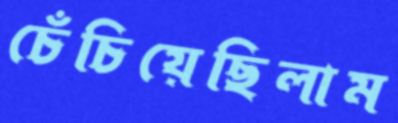
চেঁচিয়েছিলাম